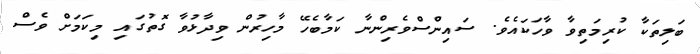
ބަލިތަކާ ކުރިމަތިވާ ވާހަކައެވެ. ސައިންސްވެރިންނާ ކަމާބެހޭ މާހިރުން ވިދާޅުވާ ގޮތުގައި މިކަމަށް ވެސް